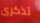
تذكرى